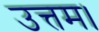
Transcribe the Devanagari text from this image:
उत्तम।